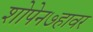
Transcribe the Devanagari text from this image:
शोपेन७हावर